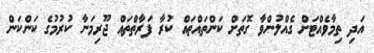
އަދި ތިމާވެއްޓަށް ގެއްލުންވާ ގޮތަށް ކަންތައްތައް ކުރާ ފަރާތްތައް ޖޫރިމަނާ ކުރުމުގެ ކަންކަން